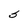
Character: S